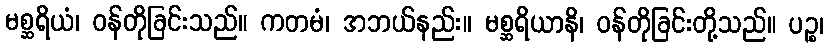
မစ္ဆရိယံ၊ ဝန်တိုခြင်းသည်။ ကတမံ၊ အဘယ်နည်း။ မစ္ဆရိယာနိ၊ ဝန်တိုခြင်းတို့သည်။ ပဉ္စ၊